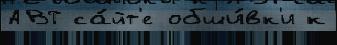
АВТ са́йт'е обши́вк'и к